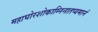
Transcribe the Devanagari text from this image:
महाघोरशोकाग्निनातप्यमानं